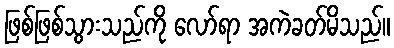
ဖြစ်ဖြစ်သွားသည်ကို လော်ရာ အကဲခတ်မိသည်။